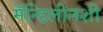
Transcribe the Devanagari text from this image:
मॅन्डिलीनशी